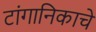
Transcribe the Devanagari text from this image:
टांगानिकाचे